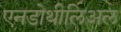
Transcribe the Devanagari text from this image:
एनडोथीलिअल